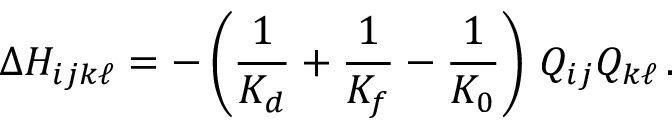
\Delta H _ { i j k \ell } = - \left( \frac { 1 } { K _ { d } } + \frac { 1 } { K _ { f } } - \frac { 1 } { K _ { 0 } } \right) \, Q _ { i j } Q _ { k \ell } \, .